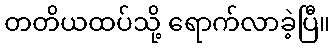
တတိယထပ်သို့ ရောက်လာခဲ့ပြီ။